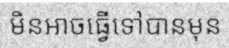
មិនអាចធ្វើទៅបានមុន